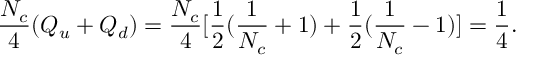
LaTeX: \frac { N _ { c } } { 4 } ( Q _ { u } + Q _ { d } ) = \frac { N _ { c } } { 4 } [ \frac { 1 } { 2 } ( \frac { 1 } { N _ { c } } + 1 ) + \frac { 1 } { 2 } ( \frac { 1 } { N _ { c } } - 1 ) ] = \frac { 1 } { 4 } .